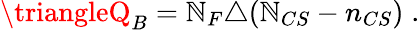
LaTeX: \triangleQ_{B}=\mathbb{N}_{F}\triangle(\mathbb{N}_{CS}-n_{CS})\; .